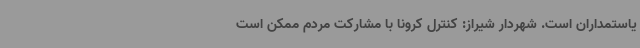
یاستمداران است. شهردار شیراز: کنترل کرونا با مشارکت مردم ممکن است